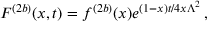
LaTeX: { \cal F } ^ { ( 2 b ) } ( x , t ) = f ^ { ( 2 b ) } ( x ) e ^ { ( 1 - x ) t / 4 x \Lambda ^ { 2 } } \, ,